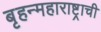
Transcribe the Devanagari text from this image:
बृहन्महाराष्ट्राची